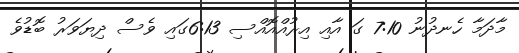
މާދަމާ ހެނދުނު 7:10 ގަ އާއި އިރުއްއޮއްސި 6:13ގައި ވެސް ދިޔަވަރު ބޮޑުވެ